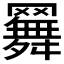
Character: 𦌳